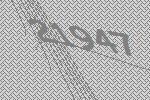
21947